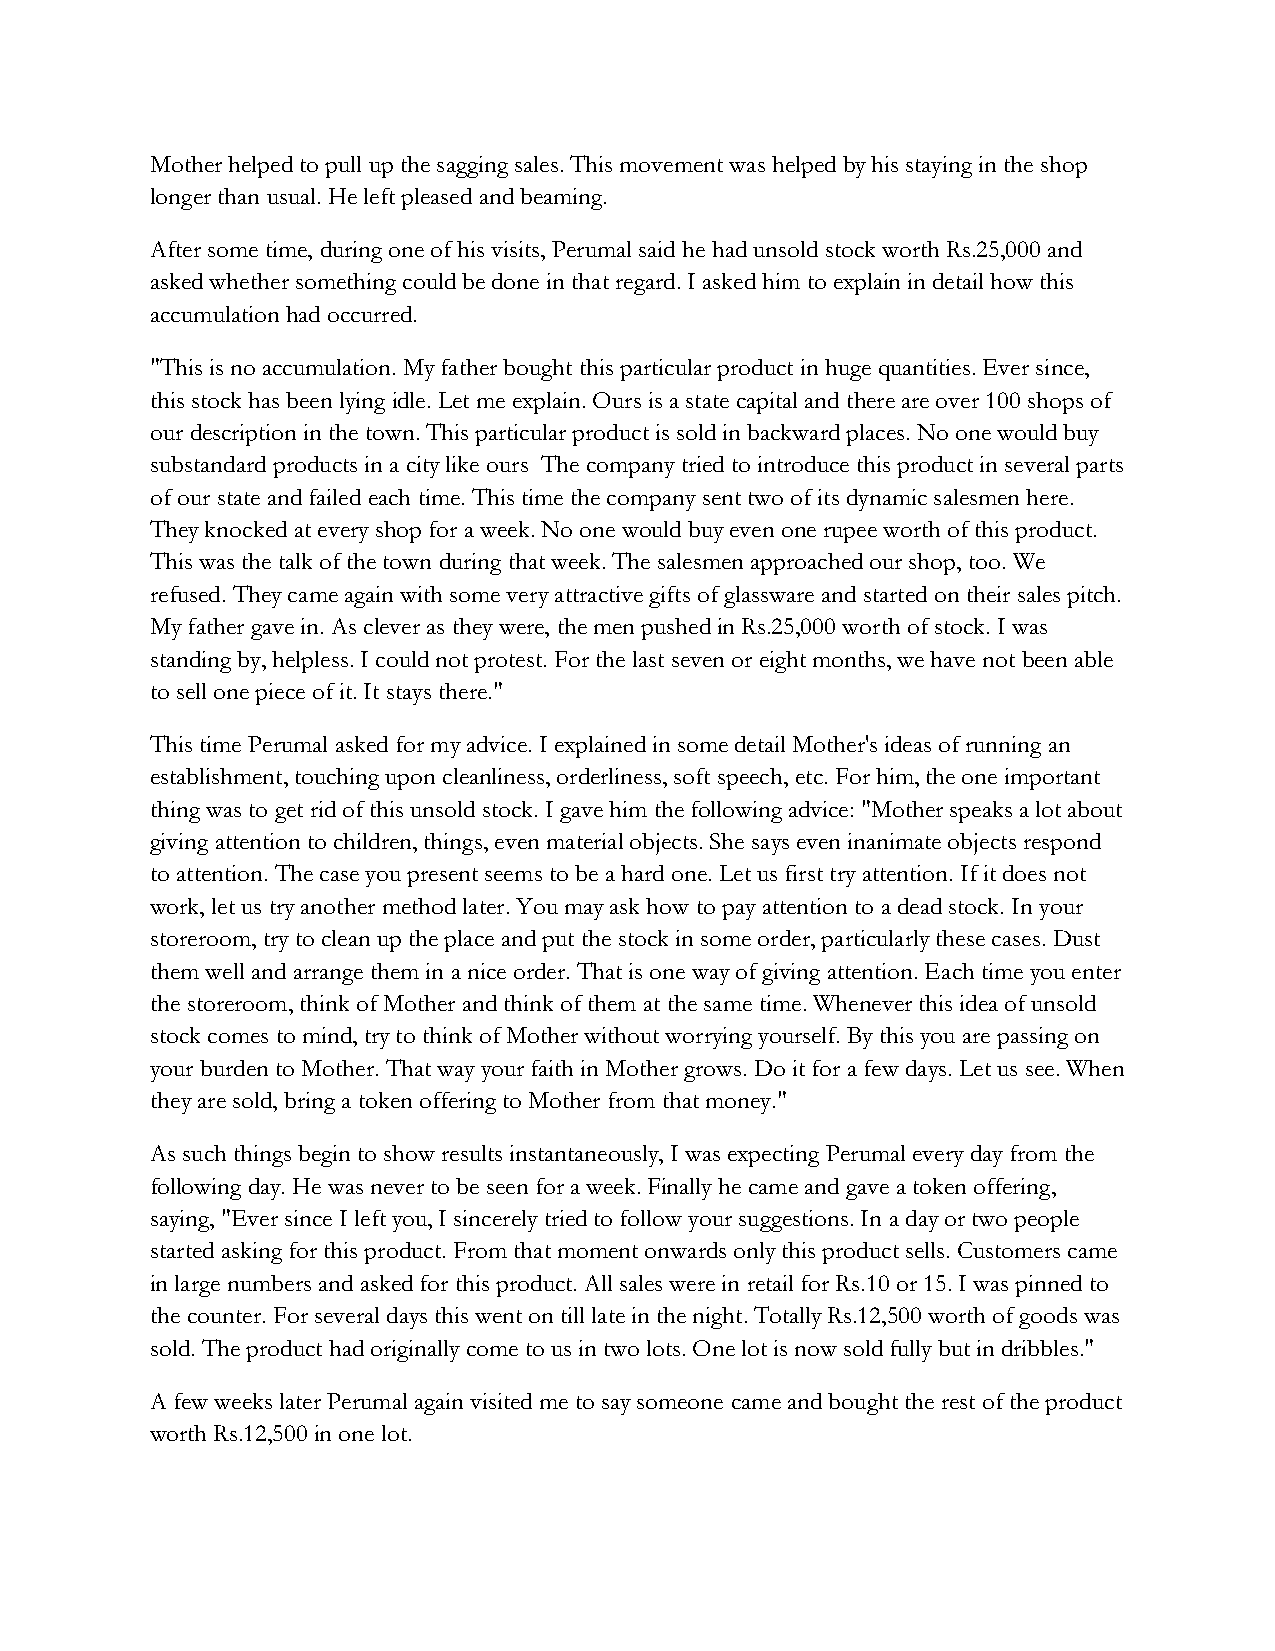
Mother helped to pull up the sagging sales. This movement was helped by his staying in the shop
 longer than usual. He left pleased and beaming.
 After some time, during one of his visits, Perumal said he had unsold stock worth Rs.25,000 and
 asked whether something could be done in that regard. I asked him to explain in detail how this
 accumulation had occurred.
 "This is no accumulation. My father bought this particular product in huge quantities. Ever since,
 this stock has been lying idle. Let me explain. Ours is a state capital and there are over 100 shops of
 our description in the town. This particular product is sold in backward places. No one would buy
 substandard products in a city like ours The company tried to introduce this product in several parts
 of our state and failed each time. This time the company sent two of its dynamic salesmen here.
 They knocked at every shop for a week. No one would buy even one rupee worth of this product.
 This was the talk of the town during that week. The salesmen approached our shop, too. We
 refused. They came again with some very attractive gifts of glassware and started on their sales pitch.
 My father gave in. As clever as they were, the men pushed in Rs.25,000 worth of stock. I was
 standing by, helpless. I could not protest. For the last seven or eight months, we have not been able
 to sell one piece of it. It stays there."
 This time Perumal asked for my advice. I explained in some detail Mother's ideas of running an
 establishment, touching upon cleanliness, orderliness, soft speech, etc. For him, the one important
 thing was to get rid of this unsold stock. I gave him the following advice: "Mother speaks a lot about
 giving attention to children, things, even material objects. She says even inanimate objects respond
 to attention. The case you present seems to be a hard one. Let us first try attention. If it does not
 work, let us try another method later. You may ask how to pay attention to a dead stock. In your
 storeroom, try to clean up the place and put the stock in some order, particularly these cases. Dust
 them well and arrange them in a nice order. That is one way of giving attention. Each time you enter
 the storeroom, think of Mother and think of them at the same time. Whenever this idea of unsold
 stock comes to mind, try to think of Mother without worrying yourself. By this you are passing on
 your burden to Mother. That way your faith in Mother grows. Do it for a few days. Let us see. When
 they are sold, bring a token offering to Mother from that money."
 As such things begin to show results instantaneously, I was expecting Perumal every day from the
 following day. He was never to be seen for a week. Finally he came and gave a token offering,
 saying, "Ever since I left you, I sincerely tried to follow your suggestions. In a day or two people
 started asking for this product. From that moment onwards only this product sells. Customers came
 in large numbers and asked for this product. All sales were in retail for Rs.10 or 15. I was pinned to
 the counter. For several days this went on till late in the night. Totally Rs.12,500 worth of goods was
 sold. The product had originally come to us in two lots. One lot is now sold fully but in dribbles."
 A few weeks later Perumal again visited me to say someone came and bought the rest of the product
 worth Rs.12,500 in one lot.